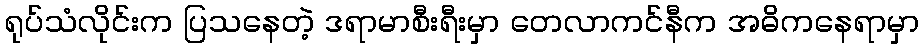
ရုပ်သံလိုင်းက ပြသနေတဲ့ ဒရာမာစီးရီးမှာ တေလာကင်နီက အဓိကနေရာမှာ